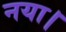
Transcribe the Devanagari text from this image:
नया।